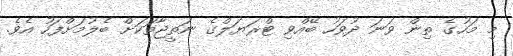
މި މަހުގެ ތިން ވަނަ ދުވަހު ބޭއްވި ޓްރަޔަލްގެ ނަތީޖާތަކަށް ބެލުމަށްފަހު އެވެ.